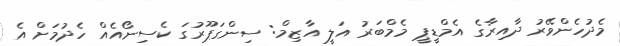
މެދުހެންވޭރު ދާއިރާގެ އެމްޑީޕީ މެމްބަރު އަލީ އާޒިމް: ސިންގަޕޫރުގަ ކެސިނޯއެއް ހެދުމަށް އެ